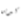
كيرين